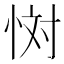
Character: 𢙪